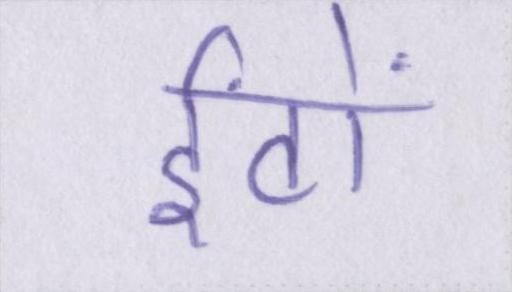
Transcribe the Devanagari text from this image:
ईंटों